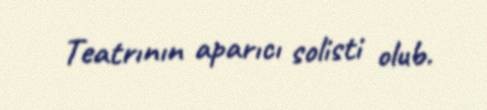
Teatrının aparıcı solisti olub.